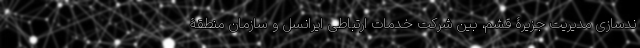
ندسازی مدیریت جزیرۀ قشم، بین شرکت خدمات ارتباطی ایرانسل و سازمان منطقۀ